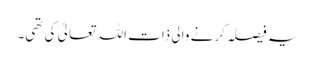
یہ فیصلہ کرنے والی ذات اللہ تعالیٰ کی تھی۔